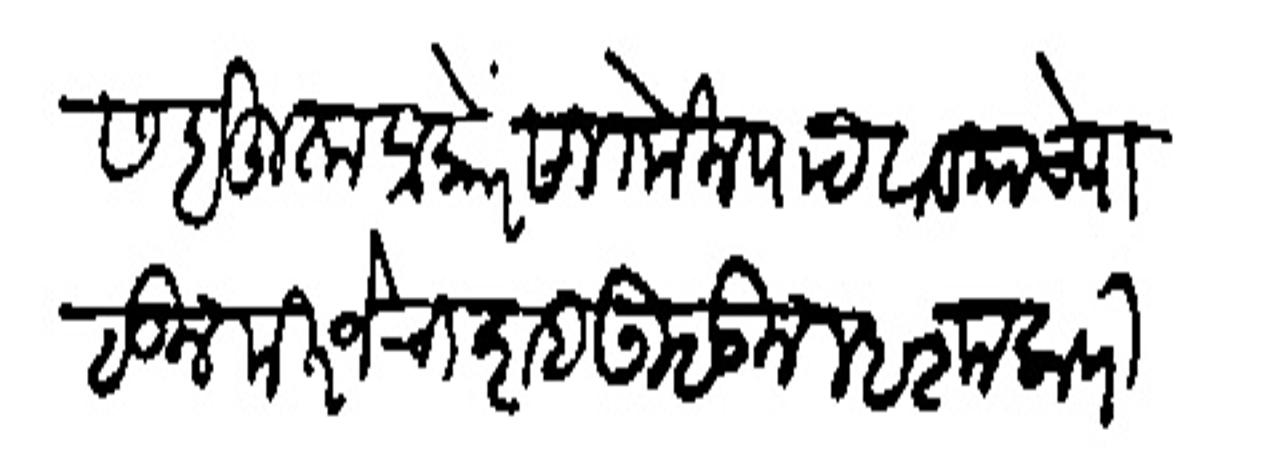
Transliteration (Devanagari): राजश्रीस बहुता प्रकारें सांगोन पाठवावयाचे पाठऊन मिरजेचा शह उठऊन म्हशालावरी